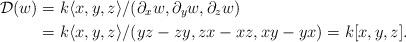
LaTeX: \begin{align*}\mathcal{D}(w)&=k\langle x,y,z\rangle/(\partial_{x}w,\partial_{y}w,\partial_{z}w)\\&=k\langle x,y,z\rangle/(yz-zy,zx-xz,xy-yx)=k[x,y,z]. \end{align*}